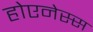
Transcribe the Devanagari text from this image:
होएनेस्स